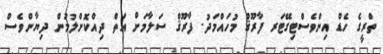
ތްރީގެ ހެޑް އިންވެސްޓިގޭޓަރ ފާރޫޤް މުހައްމަދު. ފާރޫޤް ސަލާމަށް އަތް ދިއްކޮށްލުމުން ދިޔާންވެސް